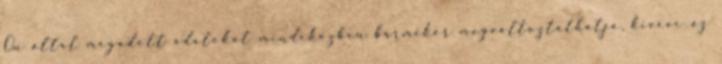
Ön által megadott adatokat mindeközben bármikor megváltoztathatja, kivéve az